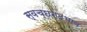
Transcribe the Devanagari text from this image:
स्वच्छन्दभाव